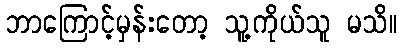
ဘာကြောင့်မှန်းတော့ သူ့ကိုယ်သူ မသိ။